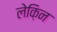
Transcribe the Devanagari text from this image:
लेक़िन